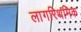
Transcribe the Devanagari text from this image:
लागरिथमिक